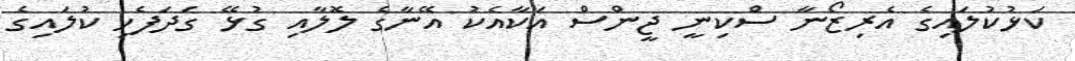
ކަޅުކުލައިގެ އެރިޒޯނާ ސްކިނީ ޖީންސް އަކާއެކު އޭނާގެ ލޮލާއި ގުޅޭ ގަދަފެހި ކުލައިގެ